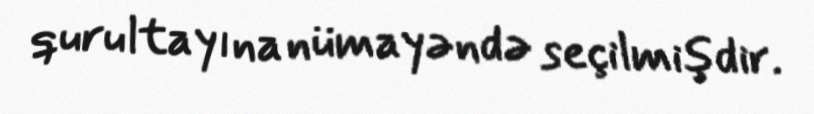
qurultayına nümayəndə seçilmişdir.